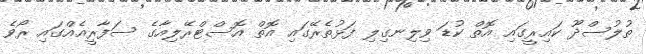
ތުލުސްދޫ ކައިރީގައި އޮތް ކުޑަ ވިލިނގިލި ފަޅުތެރޭގައި އޮތް އޮސްޓްރޭލިއާގެ ސަފާރީއެއްގައި ރޯވެ